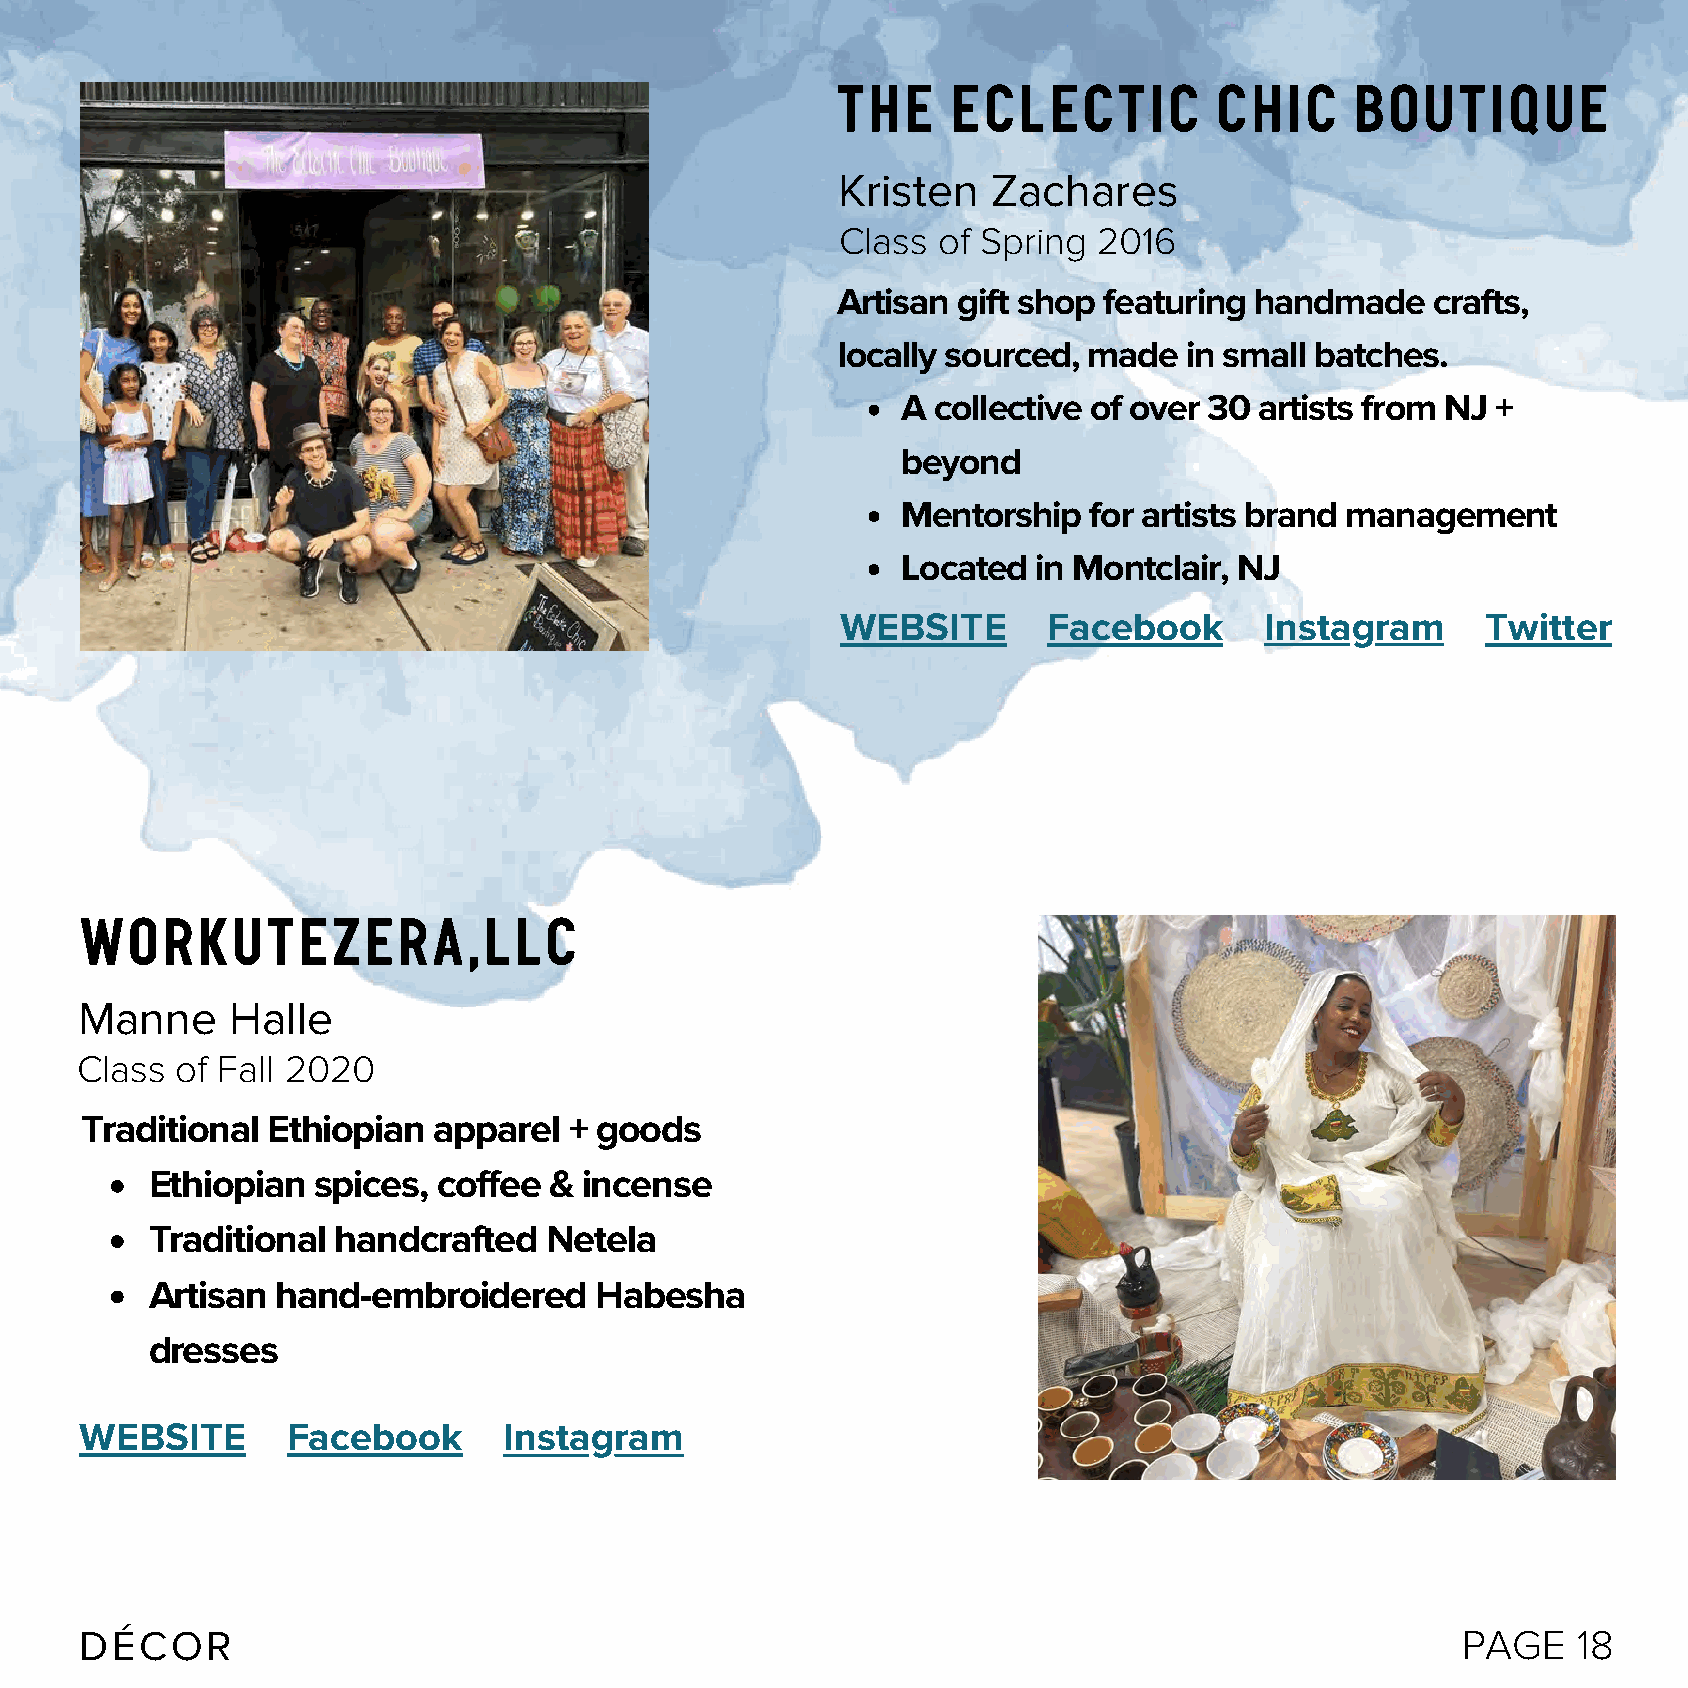
THE     ECLECTIC          CHIC     BOUTIQUE
 Kristen    Zachares
 Class of Spring  2016
 Artisan gift shop featuring handmade    crafts,
 locally sourced, made   in small batches.
 A collective of over 30 artists from NJ +
 beyond
 Mentorship  for artists brand management
 Located  in Montclair, NJ
 WEBSITE      Facebook       Instagram     Twitter
 WORKUTEZERA,LLC
 Manne     Halle
 Class  of Fall 2020
 Traditional  Ethiopian  apparel  + goods
 Ethiopian  spices, coffee &  incense
 Traditional handcrafted   Netela
 Artisan hand-embroidered     Habesha
 dresses
 WEBSITE       Facebook      Instagram
 DÉCOR                                                                                       PAGE   18